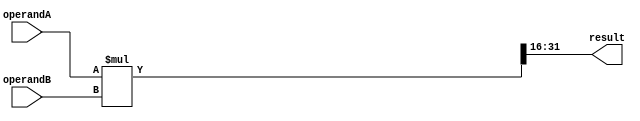
module fixed_point_multiplier (
    input signed [15:0] operandA,
    input signed [15:0] operandB,
    output reg signed [15:0] result
);

reg signed [31:0] product;
 
always @(*) begin
    product = operandA * operandB;
    result = product[31:16]; //keep only the fractional bits
end

endmodule